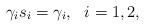
LaTeX: \begin{align*}\gamma_is_i=\gamma_i,\ \ i=1,2,\end{align*}